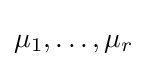
\mu _{1},\dots ,\mu _{r}